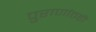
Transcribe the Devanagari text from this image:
पुराणांतही